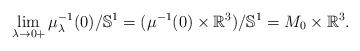
LaTeX: \begin{align*}\lim_{\lambda\rightarrow 0+}\mu_\lambda^{-1}(0)/\mathbb{S}^1=(\mu^{-1}(0)\times\mathbb{R}^3)/\mathbb{S}^1 = M_0\times \mathbb{R}^3.\end{align*}